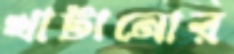
খাটানোর